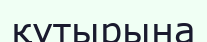
құтырына